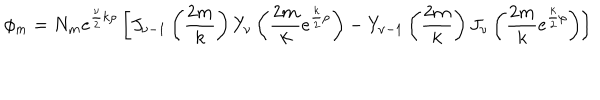
\phi _ { m } = N _ { m } e ^ { { \frac { \nu } { 2 } } k \rho } \left[ J _ { \nu - 1 } \left( { \frac { 2 m } { k } } \right) Y _ { \nu } \left( { \frac { 2 m } { k } } e ^ { { \frac { k } { 2 } } \rho } \right) - Y _ { \nu - 1 } \left( { \frac { 2 m } { k } } \right) J _ { \nu } \left( { \frac { 2 m } { k } } e ^ { { \frac { k } { 2 } } \rho } \right) \right]